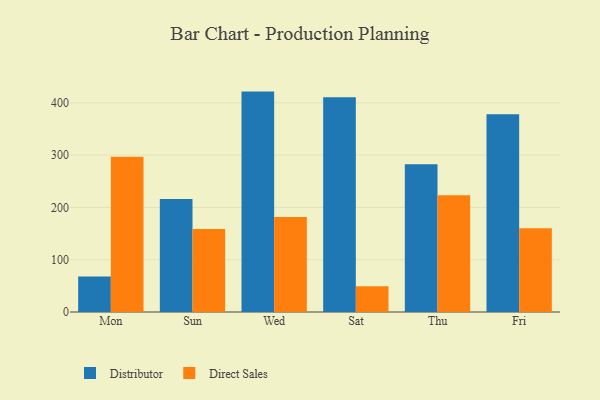
{"axis": {"x": "Day", "y": "Latency (ms)"}, "legend": ["Direct Sales", "Distributor"], "data": [{"x": "Mon", "y": 68.0, "type": "Distributor"}, {"x": "Mon", "y": 296.8, "type": "Direct Sales"}, {"x": "Sun", "y": 216.1, "type": "Distributor"}, {"x": "Sun", "y": 158.9, "type": "Direct Sales"}, {"x": "Wed", "y": 421.5, "type": "Distributor"}, {"x": "Wed", "y": 181.6, "type": "Direct Sales"}, {"x": "Sat", "y": 410.5, "type": "Distributor"}, {"x": "Sat", "y": 49.4, "type": "Direct Sales"}, {"x": "Thu", "y": 282.4, "type": "Distributor"}, {"x": "Thu", "y": 223.2, "type": "Direct Sales"}, {"x": "Fri", "y": 378.0, "type": "Distributor"}, {"x": "Fri", "y": 160.4, "type": "Direct Sales"}]}